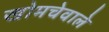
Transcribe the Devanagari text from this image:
खोमचेवाले